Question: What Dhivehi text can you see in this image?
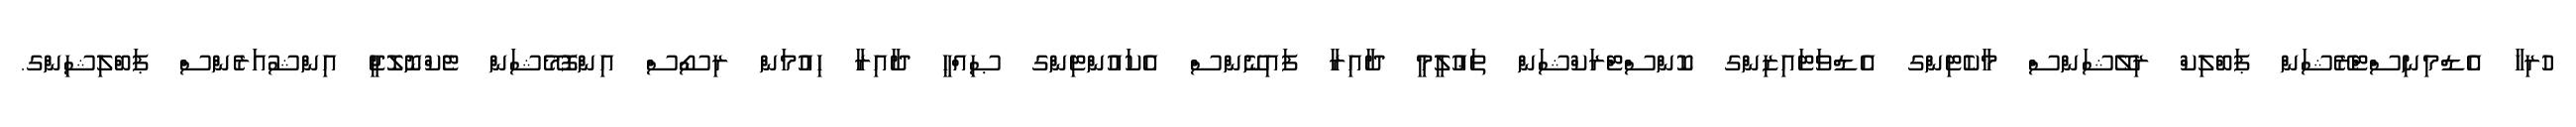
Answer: ހުރިހާ އެޑްމިނިސްޓްރޭޝަން ޕަބްލިކް ރިލޭޝަންސް މާކެޓިންގ އެޑްވަޓައިޒިންގ ކޮންސްޓްރަކްޝަން ތަޢުލީމީ ދާއިރާ ފައިނޭންސް އެކައުންޓިންގ ޞިއްޙީ ދާއިރާ ހިއުމަން ރިސޯސް އިންފޮމޭޝަން ޓެކްނޮލޮޖީ އިންޝުއަރެންސް ޕަބްލިޝިންގ.